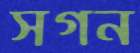
সগন